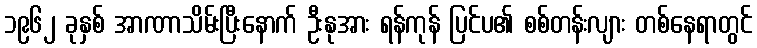
၁၉၆၂ ခုနှစ် အာဏာသိမ်းပြီးနောက် ဦးနုအား ရန်ကုန် ပြင်ပ၏ စစ်တန်းလျား တစ်နေရာတွင်